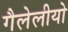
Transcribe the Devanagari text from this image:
गैलेलीयो